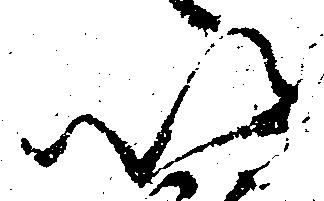
以